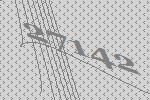
27142